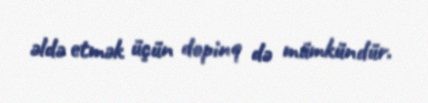
əldə etmək üçün dopinq də mümkündür.